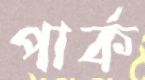
পার্ক